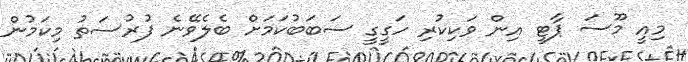
މިއީ މޫސަ ޕާޓީ އިން ވަކިކުރި ހަގީގީ ސަބަބުކަމަށް ބެލެވޭނެ ފުރުސަތު މިކަމުން